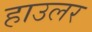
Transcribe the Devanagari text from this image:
हाउलर